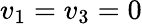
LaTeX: v_{1}=v_{3}=0